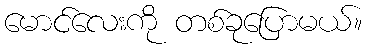
မောင်လေးကို တစ်ခုပြောမယ်။